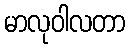
မာလုဝါလတာ